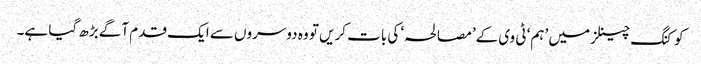
کوکنگ چینلز میں ’ہم‘ ٹی وی کے’مصالحہ‘ کی بات کریں تو وہ دوسروں سے ایک قدم آگے بڑھ گیا ہے۔